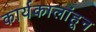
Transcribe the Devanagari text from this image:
कार्यकालांहून